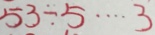
5 3 \div 5 \cdots 3